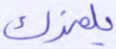
يلمزك